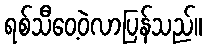
ရစ်သီဝေ့ဝဲလာပြန်သည်။